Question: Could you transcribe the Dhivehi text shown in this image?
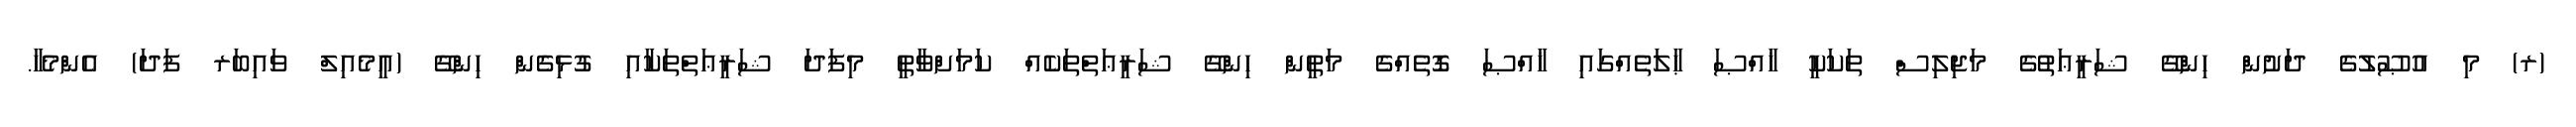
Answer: (ރ) މި އުޞޫލުގެ ދަށުން ހިންގޭ ޝަރީޢަތުގެ މަޖިލިސް ތަކަކީ ޚާއްޞަ ޙާލަތެއްގައި ޚާއްޞަ ގޮތެއްގެ މަތީން ހިންގޭ ޝަރީޢަތްތަކެއް ކަމަށްވާތީ މިފަދަ ޝަރީޢަތްތަކާއި ގުޅިގެން ހިންގޭ (އީމެއިލް ވައިބަރ ފަދަ) އެންމެހާ.